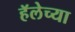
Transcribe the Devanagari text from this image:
हॅलेच्या